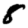
Digit: 8